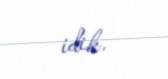
idik.